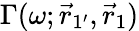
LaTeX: \Gamma(\omega;\vec{r}_{1^{\prime}},\vec{r}_{1})